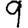
Digit: 9